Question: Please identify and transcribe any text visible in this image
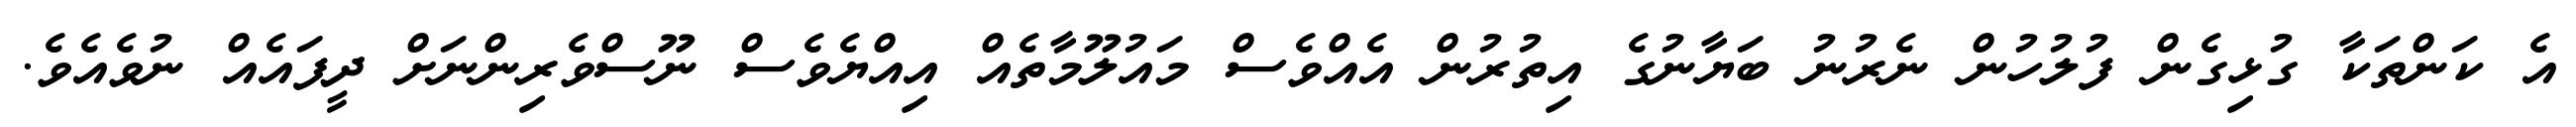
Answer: އެ ކަންތަކާ ގުޅިގެން ފުލުހުން ނެރުނު ބަޔާނުގެ އިތުރުން އެއްވެސް މައުލޫމާތެއް އިއްޔެވެސް ނޫސްވެރިންނަށް ދީފައެއް ނުވެއެވެ.